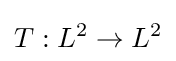
T:L^{2}\to L^{2}